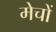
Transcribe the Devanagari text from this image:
मेचों